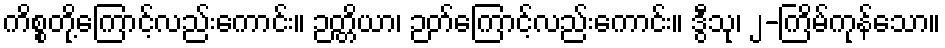
ကိစ္စတို့ကြောင့်လည်းကောင်း။ ဉတ္တိယာ၊ ဉတ်ကြောင့်လည်းကောင်း။ ဒွီသု၊ ၂-ကြိမ်ကုန်သော။